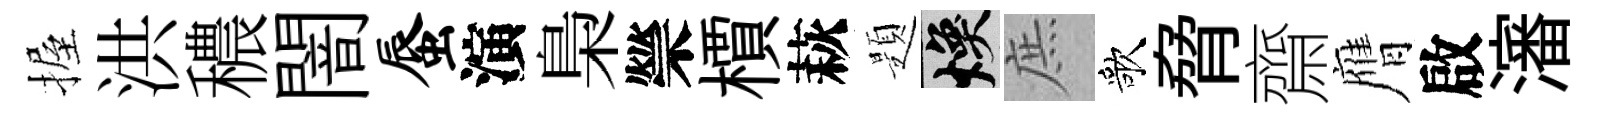
握洪穠闇蜃演梟禜檟萩題焕庶歌脅齋膺啟瀋